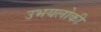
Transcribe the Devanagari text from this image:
उभयलोकी